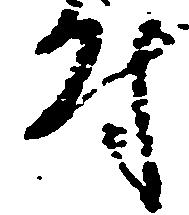
付